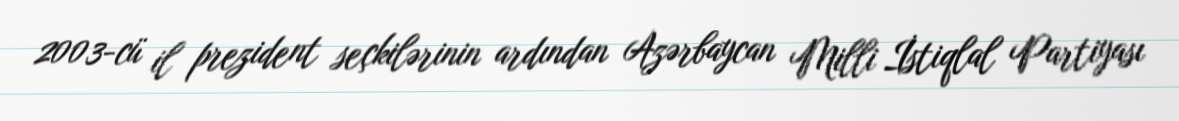
2003-cü il prezident seçkilərinin ardından Azərbaycan Milli İstiqlal Partiyası